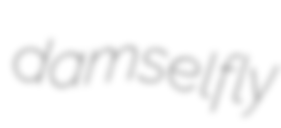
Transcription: damselfly